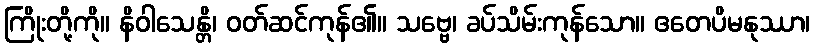
ကြိုးတို့ကို။ နိဝါသေန္တိ၊ ဝတ်ဆင်ကုန်၏။ သဗ္ဗေ၊ ခပ်သိမ်းကုန်သော။ ဧတေပိမနုဿာ၊